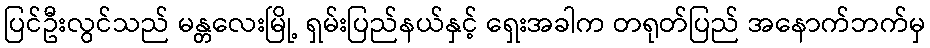
ပြင်ဦးလွင်သည် မန္တလေးမြို့ ရှမ်းပြည်နယ်နှင့် ရှေးအခါက တရုတ်ပြည် အနောက်ဘက်မှ